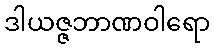
ဒါယဇ္ဇဘာဏဝါရော